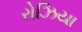
રોઝિયા